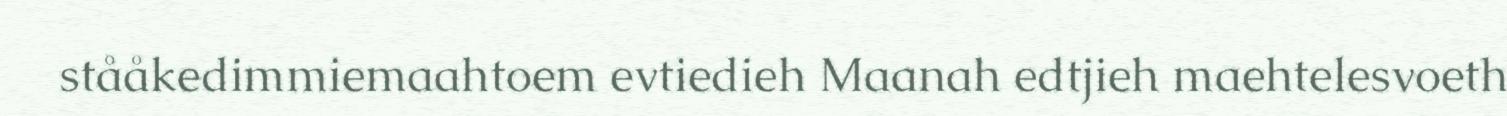
stååkedimmiemaahtoem evtiedieh Maanah edtjieh maehtelesvoeth